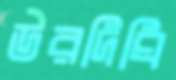
উরদিঘি